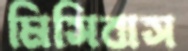
মিসিবাস